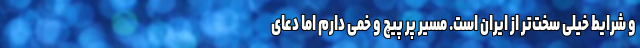
و شرایط خیلی سخت‌تر از ایران است. مسیر پر پیچ و خمی دارم اما دعای